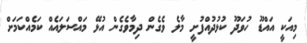
މިއަކީ އައްޑޫ ހުވަދޫ ކުޅުދުއްފުށީ މާލެ ވެގެން ދިމާވެގެން އުޅޭ މައްސަލައެއް ކަމެއްކަމަށް